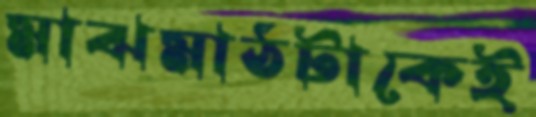
মাঝমাঠটাকেই